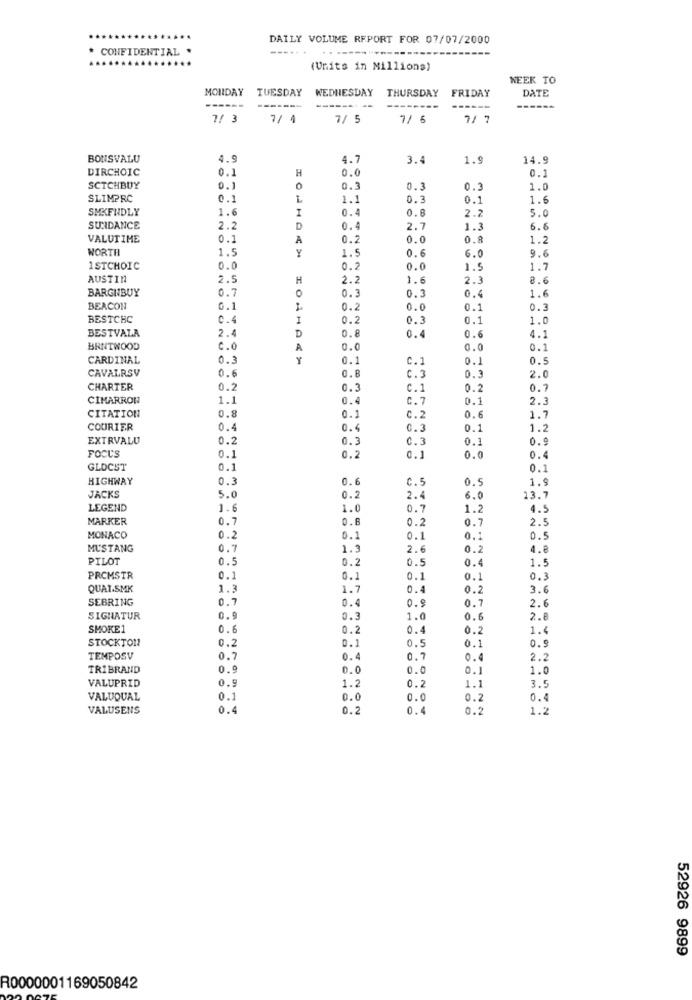
DAILY VOLUME REPORT FOR 07/07/2000
* CONFIDENTIAL .
---...
--------------
(Units in Millions)
WEEK TO
MONDAY
TUESDAY
WEDNESDAY
THURSDAY
FRIDAY
DATE
7/ 3
7/ 1
7/ 5
7/ 6
7/ 7
BONSVALU
4.9
4.7
3.
1.9
14.9
DIRCHOIC
0.1
H
0.0
0.1
SCTCHBUY
0.1
0
0.3
0.3
0.3
1.0
SLIMPRC
0.1
L
1.1
0.3
0.1
1.6
SMXFNDLY
1.6
I
0.4
0.8
2.2
5.0
SUNDANCE
2.2
D
0.4
2.7
1.3
6.6
VALUTIME
0.1
A
0.2
0.0
0.8
1.2
WORTH
1.5
Y
1.5
9.6
0.6
6.0
1 STCHOIC
0.0
0.2
0.0
1.5
1.7
AUSTIN
2.5
H
2.2
1.6
2.3
8.6
BARGHBUY
0.7
0.3
1.6
0.3
BEACON
0.1
0.2
0.0
0.1
0.3
BESTCHC
0.4
1
0.2
0.3
0.1
1.0
BESTVALA
D
2.4
0.8
0.4
0.6
4.1
BRNTWOOD
C.0
A
0.0
0.0
0.1
CARDINAL
0.3
Y
0.1
C.1
0.1
0.5
CAVALRSV
0.6
0.8
C.3
0.3
2.0
CHARTER
0.2
0.3
C.1
0.2
0.7
CIMARRON
1.1
0.4
C.7
0.1
2.3
CITATION
0.8
0.1
C.2
0.6
1.7
COURIER
0.4
0.4
0.3
0.1
1.2
EXTRVALU
0.2
0.3
C.3
0.1
0.9
FOCUS
0.1
0.2
0.1
0.0
0.4
GLDCST
0.1
0.1
HIGHWAY
0.3
0.6
C.5
0.5
1.9
JACKS
5.0
0.2
2.4
6.0
13.7
LEGEND
1.6
1.0
0.7
1.2
4.5
MARKER
0.7
0.8
0.2
0.7
2.5
MONACO
0.2
0.1
0.1
0.1
0.5
MUSTANG
0.7
1.3
2.6
0.2
4.8
PILOT
0.5
0.2
0.5
0.4
1.5
PROMSTR
0.1
0.1
0.1
0.1
0.3
QUAISMK
1.3
1.7
0.4
0.2
3.6
SEBRING
0.7
0.9
2.6
0.4
0.7
SIGNATUR
0.9
0.3
1.
0.6
2.8
SMOKE1
0.6
0.2
0.4
0.2
1.4
STOCKTON
0.9
0.2
0.1
0.5
0.1
TEMPOSV
0.7
0.4
0.7
0.4
2.2
TRIBRAND
0.9
0.0
0.0
0.1
1.0
VALUPRID
0.9
1.2
0.2
1.1
3.5
VALUQUAL
0.1
0.0
0.0
0.2
0.4
VALUSENS
0.4
0.2
0.4
0.2
1.2
52926 9899
R0000001169050842